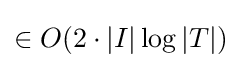
\in O(2\cdot |I|\log |T|)